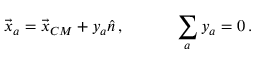
\begin{array} { c c } { { \vec { x } _ { a } = \vec { x } _ { C M } + y _ { a } \hat { n } \, , ~ ~ ~ ~ } } & { { ~ ~ ~ \displaystyle { \sum _ { a } } \, y _ { a } = 0 \, . } } \end{array}